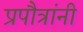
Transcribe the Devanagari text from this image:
प्रपौत्रांनी